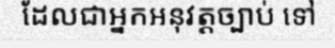
ដែលជាអ្នកអនុវត្តច្បាប់ ទៅ